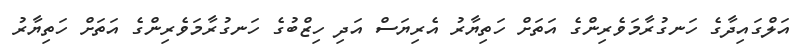
އަލްގައިދާގެ ހަނގުރާމަވެރިންގެ އަތަށް ހަތިޔާރު އެރިޔަސް އަދި ހިޒްބުގެ ހަނގުރާމަވެރިންގެ އަތަށް ހަތިޔާރު